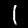
Label: 1